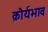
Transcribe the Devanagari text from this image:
क्रौर्यभाव